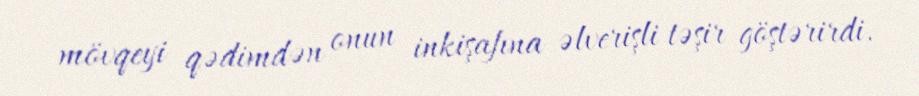
mövqeyi qədimdən onun inkişafına əlverişli təşir göştərirdi.